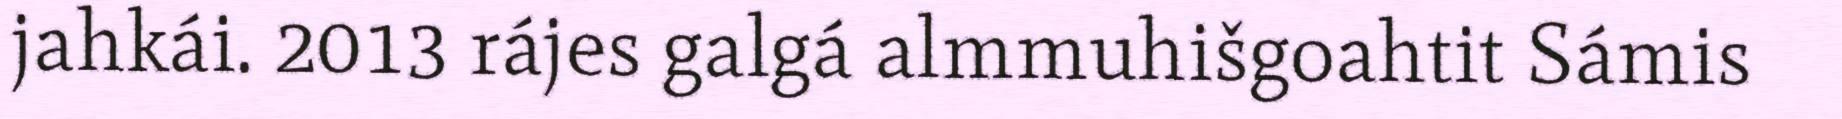
jahkái. 2013 rájes galgá almmuhišgoahtit Sámis